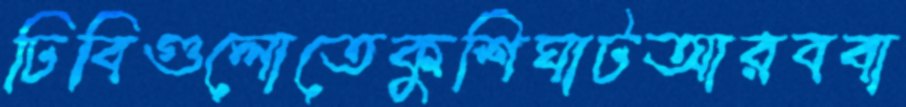
ঢিবিগুলোতেকুশিঘাটআরববা